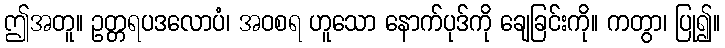
ဤအတူ။ ဥတ္တရပဒလောပံ၊ အဝစရ ဟူသော နောက်ပုဒ်ကို ချေခြင်းကို။ ကတွာ၊ ပြု၍။